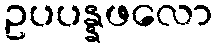
ဥပပန္နဖလော